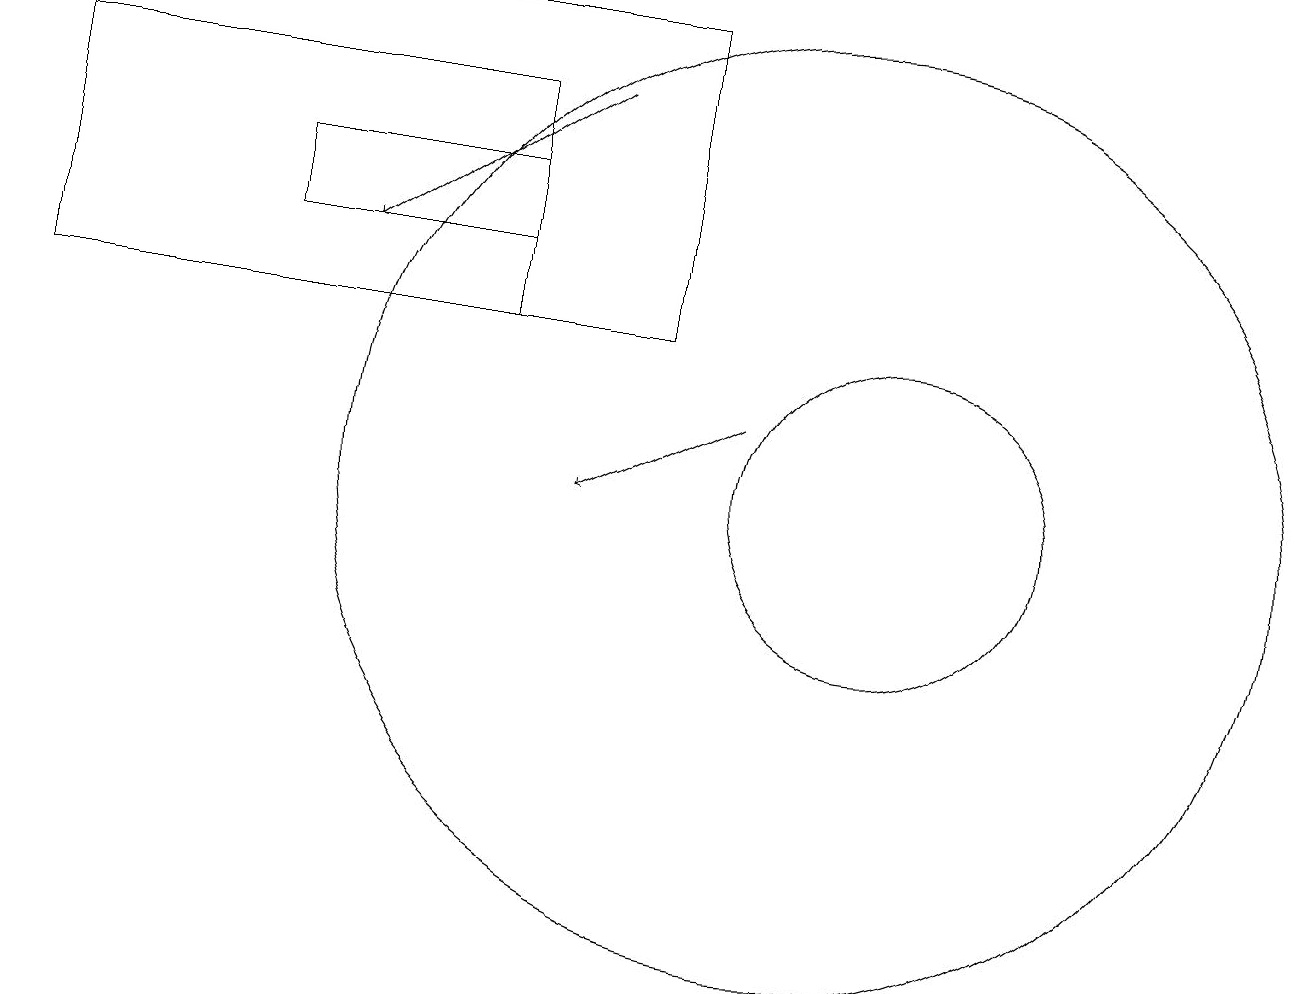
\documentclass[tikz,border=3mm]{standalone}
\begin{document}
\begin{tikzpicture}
\draw (11,12) circle (2);
\draw (6,14) rectangle (0,17);
\draw[->] (9,13) -- (7,12);
\draw (10,12) circle (6);
\draw[->] (7,17) -- (4,15);
\draw (0,18) rectangle (8,14);
\draw (6,15) rectangle (3,16);
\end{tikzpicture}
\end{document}